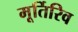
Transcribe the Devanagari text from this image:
मूर्तिरिव